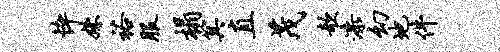
悴姝裕服榻箕直茂欹漆幻地件